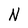
Character: N